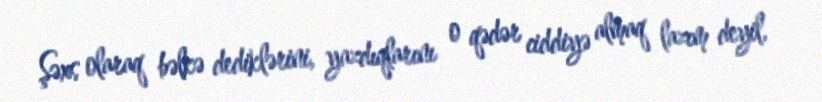
Şəxs olaraq bəlkə dediklərini, yazdıqlarını o qədər ciddiyə almaq lazım deyil,